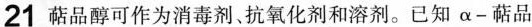
21 萜品醇可作为消毒剂、抗氧化剂和溶剂。已知\alpha-萜品